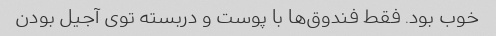
خوب بود. فقط فندوق‌ها با پوست و دربسته توی آجیل بودن